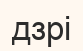
дзрі